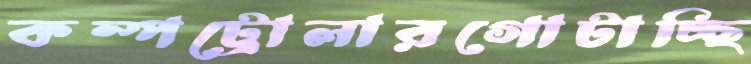
কম্পট্রোলারগোটাচ্ছি